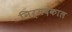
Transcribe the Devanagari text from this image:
निर्मदकाल